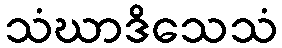
သံဃာဒိသေသံ